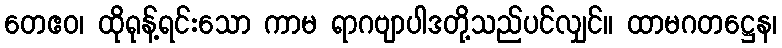
တေဧဝ၊ ထိုရုန့်ရင်းသော ကာမ ရာဂဗျာပါဒတို့သည်ပင်လျှင်။ ထာမဂတဋ္ဌေန၊